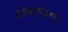
ટકરાવાના